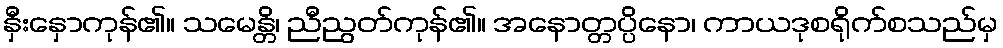
နှီးနှောကုန်၏။ သမေန္တိ၊ ညီညွတ်ကုန်၏။ အနောတ္တပ္ပိနော၊ ကာယဒုစရိုက်စသည်မှ